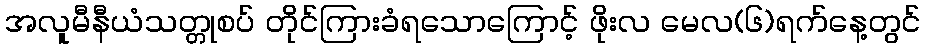
အလူမီနီယံသတ္တုစပ် တိုင်ကြားခံရသောကြောင့် ဖိုးလ မေလ(၆)ရက်နေ့တွင်